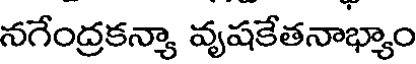
నగేంద్రకన్యా వృషకేతనాభ్యాం